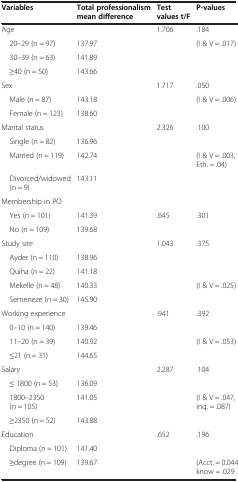
| Variables | Total professionalism mean difference | Test values t/F | P-values |
 | --- | --- | --- | --- |
 | Age |  | 1.706 | .184 |
 | 20–29 (n = 97) | 137.97 |  | (I & V = .017) |
 | 30–39 (n = 63) | 141.89 |  |  |
 | ≥40 (n = 50) | 143.66 |  |  |
 | Sex |  | 1.717 | .050 |
 | Male (n = 87) | 143.18 |  | (I & V = .006) |
 | Female (n = 123) | 138.60 |  |  |
 | Marital status |  | 2.326 | .100 |
 | Single (n = 82) | 136.96 |  |  |
 | Married (n = 119) | 142.74 |  | (I & V = .003, Eth. = .04) |
 | Divorced/widowed (n = 9) | 143.11 |  |  |
 | Membership in PO |  |  |  |
 | Yes (n = 101) | 141.39 | .645 | .301 |
 | No (n = 109) | 139.68 |  |  |
 | Study site |  | 1.043 | .375 |
 | Ayder (n = 110) | 138.96 |  |  |
 | Quiha (n = 22) | 141.18 |  |  |
 | Mekelle (n = 48) | 140.33 |  | (I & V = .025) |
 | Semeneze (n = 30) | 145.90 |  |  |
 | Working experience |  | .941 | .392 |
 | 0–10 (n = 140) | 139.46 |  |  |
 | 11–20 (n = 39) | 140.92 |  | (I & V = .053) |
 | ≤21 (n = 31) | 144.65 |  |  |
 | Salary |  | 2.287 | .104 |
 | ≤ 1800 (n = 53) | 136.09 |  |  |
 | 1800–2350 (n = 105) | 141.05 |  | (I & V = .047, inq. = .087) |
 | ≥2350 (n = 52) | 143.88 |  |  |
 | Education |  | .652 | .196 |
 | Diploma (n = 101) | 141.40 |  |  |
 | ≥degree (n = 109) | 139.67 |  | (Acct. = 0.044, know = .029 |